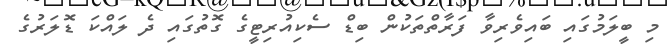
މި ބީލަމުގައި ބައިވެރިވާ ފަރާތްތަކުން ބިޑް ސެކިއުރިޓީގެ ގޮތުގައި ދެ ލައްކަ ޑޮލަރުގެ